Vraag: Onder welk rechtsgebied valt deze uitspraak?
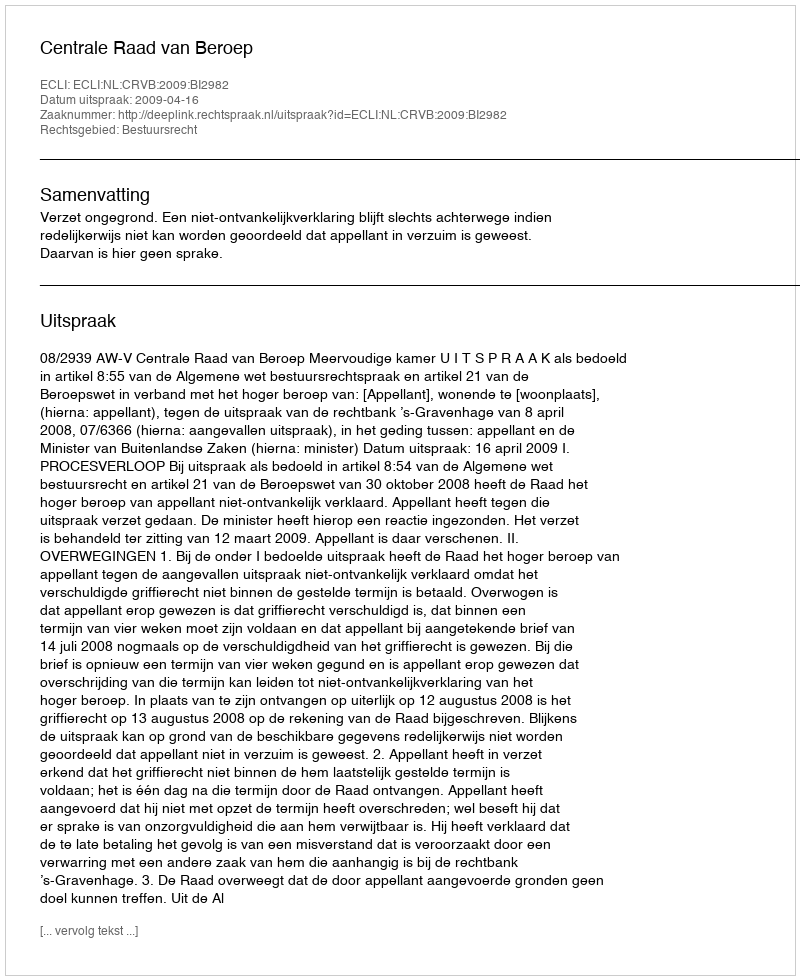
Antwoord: Bestuursrecht